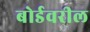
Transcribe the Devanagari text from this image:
बोर्डवरील